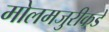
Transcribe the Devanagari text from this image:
मोलमजुरीकडे